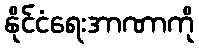
နိုင်ငံရေးအာဏာကို